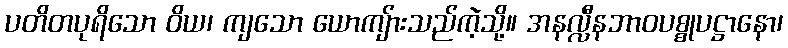
ပတိတပုရိသော ဝိယ၊ ကျသော ယောကျ်ားသည်ကဲ့သို့။ အနလ္လီနဘာဝပစ္စုပဋ္ဌာနော၊